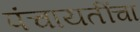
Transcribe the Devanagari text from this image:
पंचायतींचा